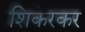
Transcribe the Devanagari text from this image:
शिकेरकर